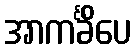
အာကင်္ခိံပေ